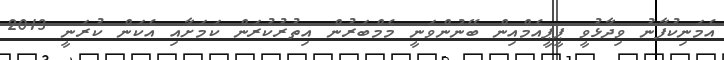
އެމަނިކުފާނު ވިދާޅުވީ ޕީޕީއެމްއިން ބޭނުންވަނީ މެމްބަރުން އިތުރުކުރަން ކަމަށާއި އެކަން ކުރަނީ 2013